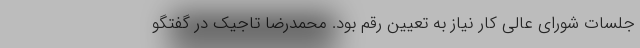
جلسات شورای عالی کار نیاز به تعیین رقم بود. محمدرضا تاجیک در گفتگو